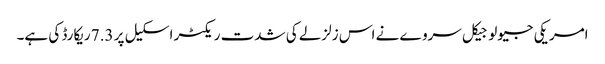
امریکی جیولوجیکل سروے نے اس زلزلے کی شدت ریکٹر اسکیل پر 7.3 ریکارڈ کی ہے۔